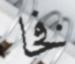
فخا